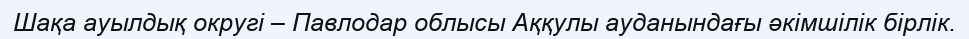
Шақа ауылдық округі – Павлодар облысы Аққулы ауданындағы әкімшілік бірлік.